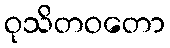
ဝုသိတဝတော